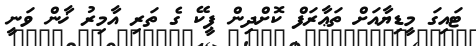
ޓައިގަ މީޑިޔާއަށް ތަޢާރަފް ކޮށްދިން ޕީކޭ ގެ ތަރި އާމިރު ޚާން ވަނީ